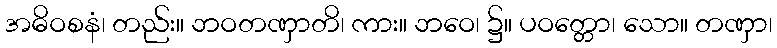
အဓိဝစနံ၊ တည်း။ ဘဝတဏှာတိ၊ ကား။ ဘဝေ၊ ၌။ ပဝတ္တော၊ သော။ တဏှာ၊